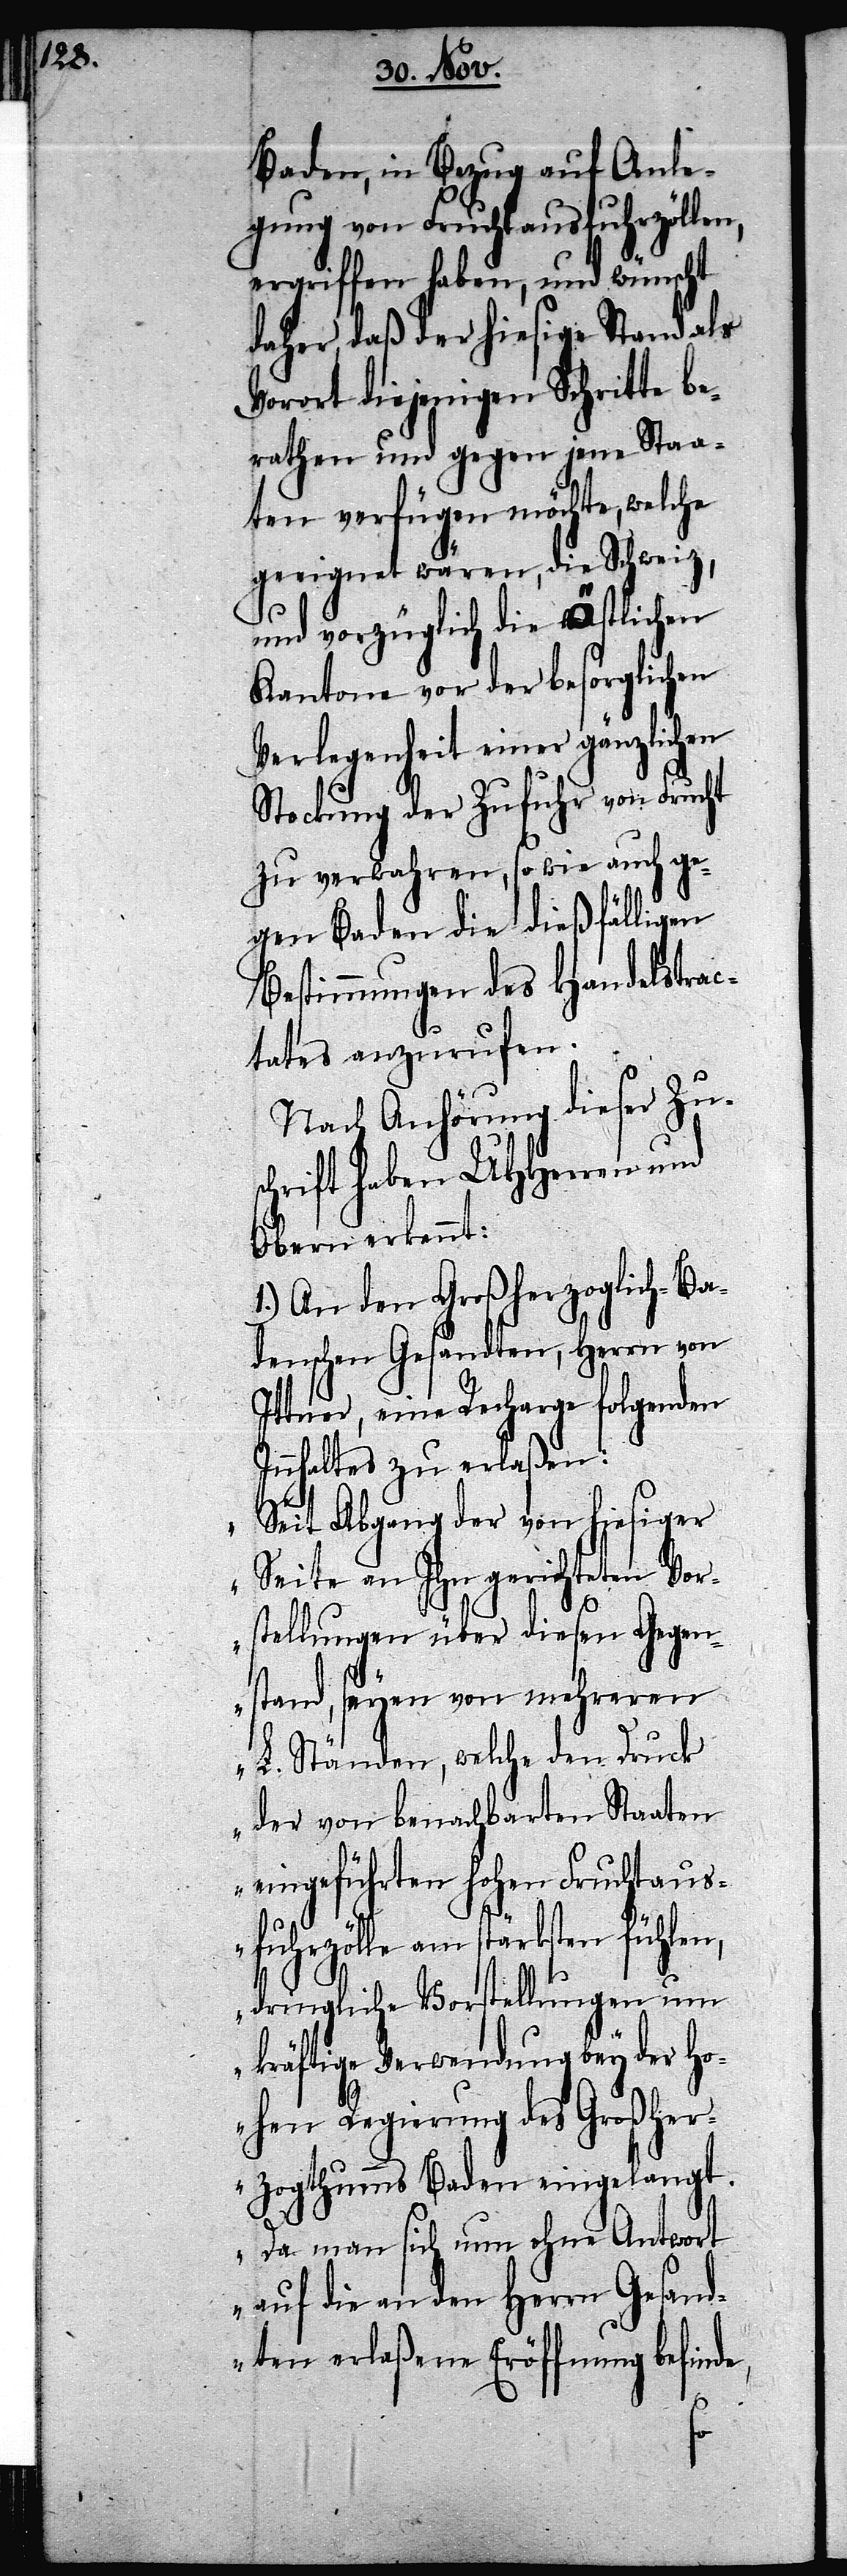
Baden, in Bezug auf Anle¬
gung von Fruchtausfuhrzöllen,
ergriffen haben, und wünscht
daher, daß der hiesige Stand als
Vorort diejenigen Schritte be¬
rathen und gegen jene Staa¬
ten verfügen möchte, welche
geeignet wären, die Schweiz,
und vorzüglich die östlichen
Kantone vor der besorglichen
Verlegenheit einer gänzlichen
Stockung der Zufuhr von Frucht
zu verwahren, so wie auch ge¬
gen Baden die dießfälligen
Bestimmungen des Handelstrac¬
tates anzurufen.
Nach Anhörung dieser Zu¬
schrift haben UHHerren und
Obern erkennt:
1.) An den Großherzoglich-Ba¬
adenschen Gesandten, Herrn von
Ittner, eine Recharge folgenden
Innhaltes zu erlaßen:
„Seit Abgang der von hiesiger
Seite an Ihn gerichteten Vor¬
stellungen über diesen Gegen¬
stand, seyen von mehreren
L. Ständen, welche den Druck
der von benachbarten Staaten
eingeführten hohen Fruchtaus¬
fuhrzölle am stärksten fühlen,
dringliche Vorstellungen um
kräftige Verwendung bey der Ho¬
hen Regierung des Großher¬
zogthumms Baden eingelangt.
Da man sich nun ohne Antwort
auf die an den Herrn Gesand¬
ten erlaßene Eröffnung befinde,